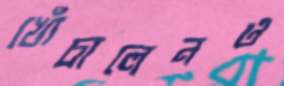
খোঁচালেনও